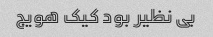
بی نظیر بود کیک هویج